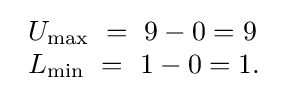
{\begin{array}{lcr}U_{\max }\ =\ 9-0=9\\L_{\min }\ =\ 1-0=1.\\\end{array}}